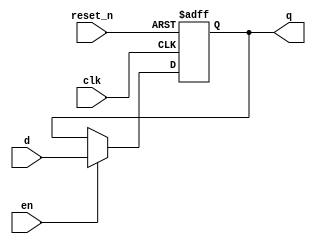
module register32_r_en(clk, reset_n, en, d, q); //32bit register
  input clk, reset_n, en;
  input [31:0] d;
  output reg [31:0] q;
  
  always@(posedge clk or negedge reset_n) 
  begin
    if(reset_n == 0) q <= 32'b0;
    else if(en) q <= d;
    else q <= q;
  end


endmodule